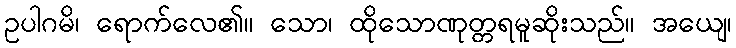
ဥပါဂမိ၊ ရောက်လေ၏။ သော၊ ထိုသောဏုတ္တရမူဆိုးသည်။ အယျေ၊